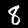
Label: 8